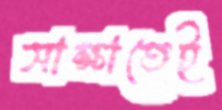
সাক্ষাতেই